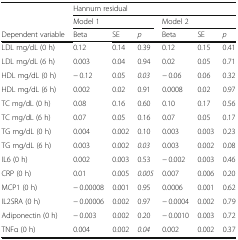
<table><thead><tr><td></td><td colspan="6"><b>Hannum residual</b></td></tr><tr><td></td><td colspan="3"><b>Model 1</b></td><td colspan="3"><b>Model 2</b></td></tr><tr><td><b>Dependent variable</b></td><td><b>Beta</b></td><td><b>SE</b></td><td><b><i>p</i></b></td><td><b>Beta</b></td><td><b>SE</b></td><td><b><i>p</i></b></td></tr></thead><tbody><tr><td>LDL mg/dL (0 h)</td><td>0.12</td><td>0.14</td><td>0.39</td><td>0.12</td><td>0.15</td><td>0.41</td></tr><tr><td>LDL mg/dL (6 h)</td><td>0.003</td><td>0.04</td><td>0.94</td><td>0.02</td><td>0.05</td><td>0.71</td></tr><tr><td>HDL mg/dL (0 h)</td><td>− 0.12</td><td>0.05</td><td><i>0.03</i></td><td>− 0.06</td><td>0.06</td><td>0.32</td></tr><tr><td>HDL mg/dL (6 h)</td><td>0.002</td><td>0.02</td><td>0.91</td><td>0.0008</td><td>0.02</td><td>0.97</td></tr><tr><td>TC mg/dL (0 h)</td><td>0.08</td><td>0.16</td><td>0.60</td><td>0.10</td><td>0.17</td><td>0.56</td></tr><tr><td>TC mg/dL (6 h)</td><td>0.07</td><td>0.05</td><td>0.16</td><td>0.07</td><td>0.05</td><td>0.17</td></tr><tr><td>TG mg/dL (0 h)</td><td>0.004</td><td>0.002</td><td>0.10</td><td>0.003</td><td>0.003</td><td>0.23</td></tr><tr><td>TG mg/dL (6 h)</td><td>0.003</td><td>0.002</td><td><i>0.03</i></td><td>0.003</td><td>0.002</td><td>0.08</td></tr><tr><td>IL6 (0 h)</td><td>0.002</td><td>0.003</td><td>0.53</td><td>− 0.002</td><td>0.003</td><td>0.46</td></tr><tr><td>CRP (0 h)</td><td>0.01</td><td>0.005</td><td><i>0.005</i></td><td>0.007</td><td>0.006</td><td>0.20</td></tr><tr><td>MCP1 (0 h)</td><td>− 0.00008</td><td>0.001</td><td>0.95</td><td>0.0006</td><td>0.001</td><td>0.62</td></tr><tr><td>IL2SRA (0 h)</td><td>− 0.00006</td><td>0.002</td><td>0.97</td><td>− 0.0004</td><td>0.002</td><td>0.79</td></tr><tr><td>Adiponectin (0 h)</td><td>− 0.003</td><td>0.002</td><td>0.20</td><td>− 0.0010</td><td>0.003</td><td>0.72</td></tr><tr><td>TNFα (0 h)</td><td>0.004</td><td>0.002</td><td><i>0.04</i></td><td>0.002</td><td>0.002</td><td>0.37</td></tr></tbody></table>